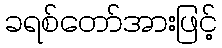
ခရစ်တော်အားဖြင့်